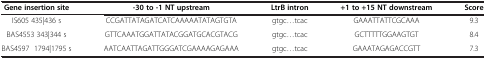
<table><thead><tr><td><b>Gene insertion site</b></td><td><b>-30 to -1 NT upstream</b></td><td><b>LtrB intron</b></td><td><b>+1 to +15 NT downstream</b></td><td><b>Score</b></td></tr></thead><tbody><tr><td>IS605 435|436 s</td><td>CCGATTATAGATCATCAAAAATATAGTGTA</td><td>gtgc...tcac</td><td>GAAATTATTCGCAAA</td><td>9.3</td></tr><tr><td>BAS4553 343|344 s</td><td>GTTCAAATGGATTATACGGATGCACGTACG</td><td>gtgc...tcac</td><td>GCTTTTTGGAAGTGT</td><td>8.4</td></tr><tr><td>BAS4597 1794|1795 s</td><td>AATCAATTAGATTGGGATCGAAAAGAGAAA</td><td>gtgc...tcac</td><td>GAAATAGAGACCGTT</td><td>7.3</td></tr></tbody></table>